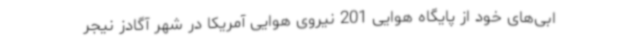
ابی‌های خود از پایگاه هوایی 201 نیروی هوایی آمریکا در شهر آگادز نیجر